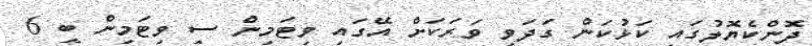
ދޮންކެޔޮލުގައި ކަޅުކަން ގަދަވި ވަރަކަށް އޭގައި ވިޓަމިން ސީ ވިޓަމިން ބީ 6